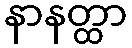
နာနတ္ထာ